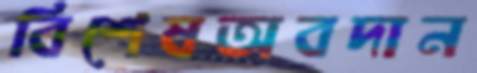
বিশেষঅবদান